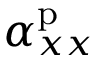
\alpha _ { x x } ^ { \mathrm { p } }